Black-water fever - Number 35
Disease focus: Fever
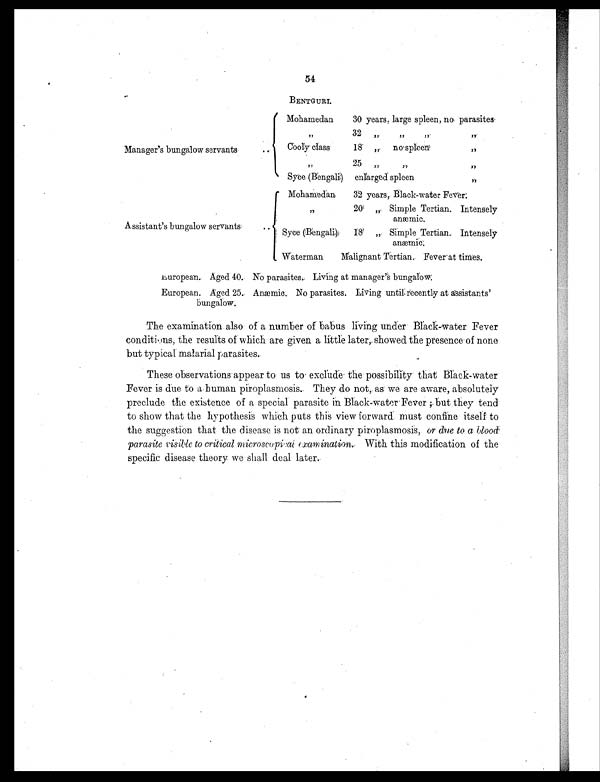
54
BENTGURI.
Manager's bungalow servants
. .
Mohamedan
30 years, large spleen, no parasites
, ,
32 „ ,, ,, ,,
Cooly class
18 ,, no spleen ,,
,,
25 ,, ,, ,,
Syce (Bengali)
enlarged spleen ,,
Assistant's bungalow servants
. .
Mohamedan
32 years, Black-water Fever.
, ,
20 ,, Simple Tertian. Intensely
anæmic
Syce (Bengali)
18 ,, Simple Tertian. Intensely
a n æ m i c .
Waterman
Malignant Tertian. Fever at times.
European. Aged 40. No parasites. Living at manager's bungalow.
European. Aged 25. Anæmic. No parasites. Living until recently at assistants'
bungalow.
The examination, also of a number of babus living under Black-water. Fever
conditions, the results of which are given a little later;. showed the presence of none
but typical malarial parasites.
These observations appear to us to exclude the possibility that Black-water.
Fever is due to a human piroplasmosis.. They do not, as we are aware, absolutely
preclude the existence of a special parasite in Black-water Fever ; but they tend
to show that the hypothesis which puts this view forward must confine itself to
the suggestion that the disease is not an ordinary piroplasmosis, or due to a blood
parasite visible to critical microscopical examination. W i t h t h i s m o d i f i c a t i o n o f t h e
specific disease theory we shall deal later.